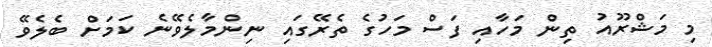
މި މަޝްރޫއު ތިން މަހާއި ފަސް މަހުގެ ތެރޭގައި ނިންމާލެވޭނެ ކަމަށް ބެލެވޭ